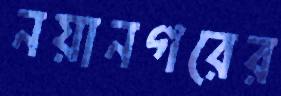
নয়ানগরের